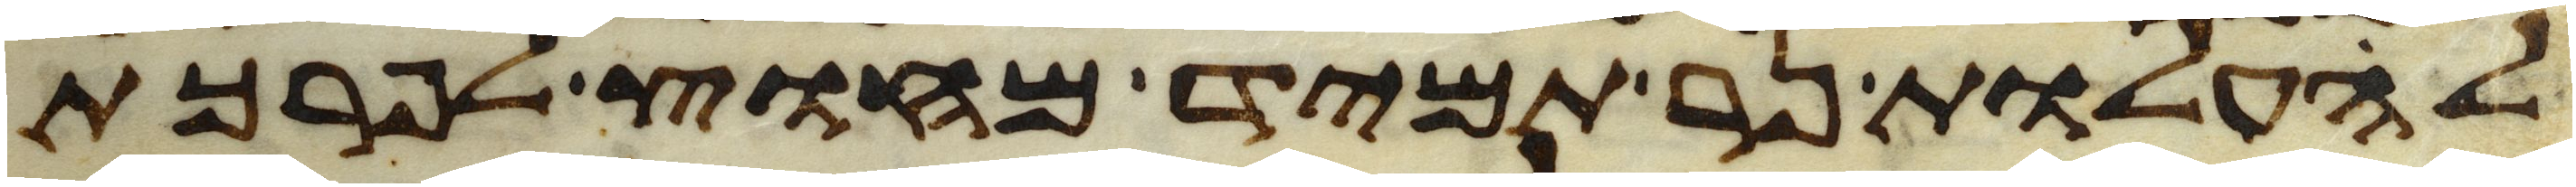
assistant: להעלות נר תמיד מחוץ לפרכת